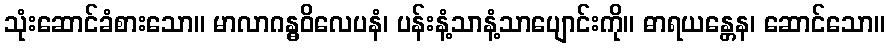
သုံးဆောင်ခံစားသော။ မာလာဂန္ဓဝိလေပနံ၊ ပန်းနံ့သာနံ့သာပျောင်းကို။ ဓာရယန္တေန၊ ဆောင်သော။